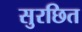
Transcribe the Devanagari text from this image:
सुरछित